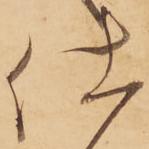
仕